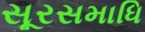
સૂરસમાધિ